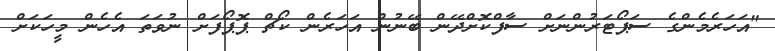
"އަހަރެމެންގެ ސަޕޯޓަރުންނަށް ސާފްކޮށްދޭން ބޭނުން އަހަރެން ކޯޗް ޕޮޕޯފަށް ނުވަތަ އެހެން މީހަކަށް